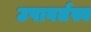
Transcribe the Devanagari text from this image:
उपावर्तस्व